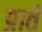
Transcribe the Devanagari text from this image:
प्राते